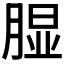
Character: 𱼎